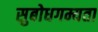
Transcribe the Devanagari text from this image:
सुबोधगम्यता